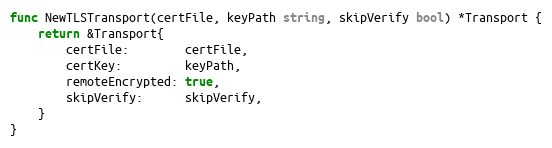
Language: Go
func NewTLSTransport(certFile, keyPath string, skipVerify bool) *Transport {
	return &Transport{
		certFile:        certFile,
		certKey:         keyPath,
		remoteEncrypted: true,
		skipVerify:      skipVerify,
	}
}